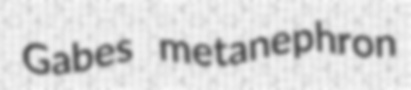
Gabes metanephron